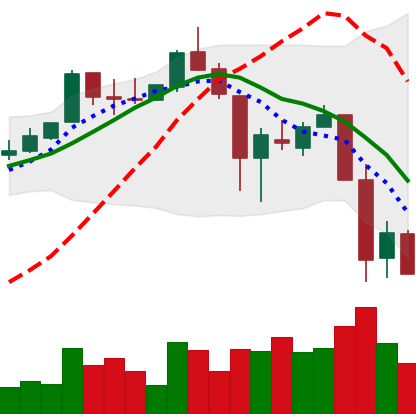
Ticker: XLM-USD
Chart end date: 2018-11-22
Forward return: -23.122%
Label: down_7plus